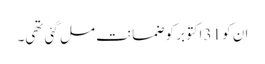
ان کو 31 اکتوبر کو ضمانت مل گئی تھی۔